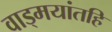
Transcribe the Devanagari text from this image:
वाड्मयांतहि